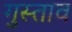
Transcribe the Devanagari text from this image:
गुस्‍ताव